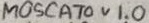
Text: MOSCATO v 1.0